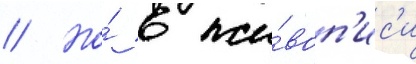
// Но́ в жи́воп'ис'и